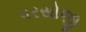
પરસોજી